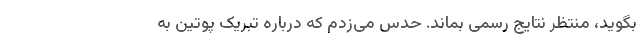
بگوید، منتظر نتایج رسمی بماند. حدس می‌زدم که درباره تبریک پوتین به